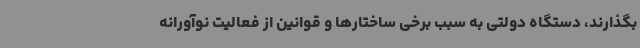
بگذارند، دستگاه دولتی به سبب برخی ساختارها و قوانین از فعالیت نوآورانه